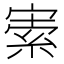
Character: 𡩡